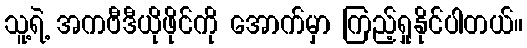
သူ့ရဲ့ အကဗီဒီယိုဖိုင်ကို အောက်မှာ ကြည့်ရှုနိုင်ပါတယ်။